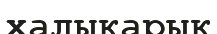
халықарық